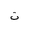
Letter: _ta